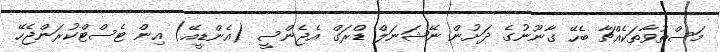
މަސްތުވާތަކެއްޗާ ބެހޭ ގާނޫނުގެ ދަށުން ނޭޝަނަލް ޑްރަގް އެޖެންސީ (އެންޑީއޭ) އިން ޓެސްޓްކުރަންޖެހޭ